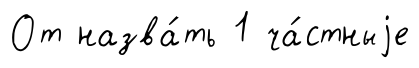
От назва́ть 1 ча́стныjе